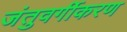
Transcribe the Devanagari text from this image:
जंतुवर्गीकरण